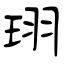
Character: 珝